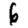
Digit: 6